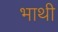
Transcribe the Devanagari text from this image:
भाथी